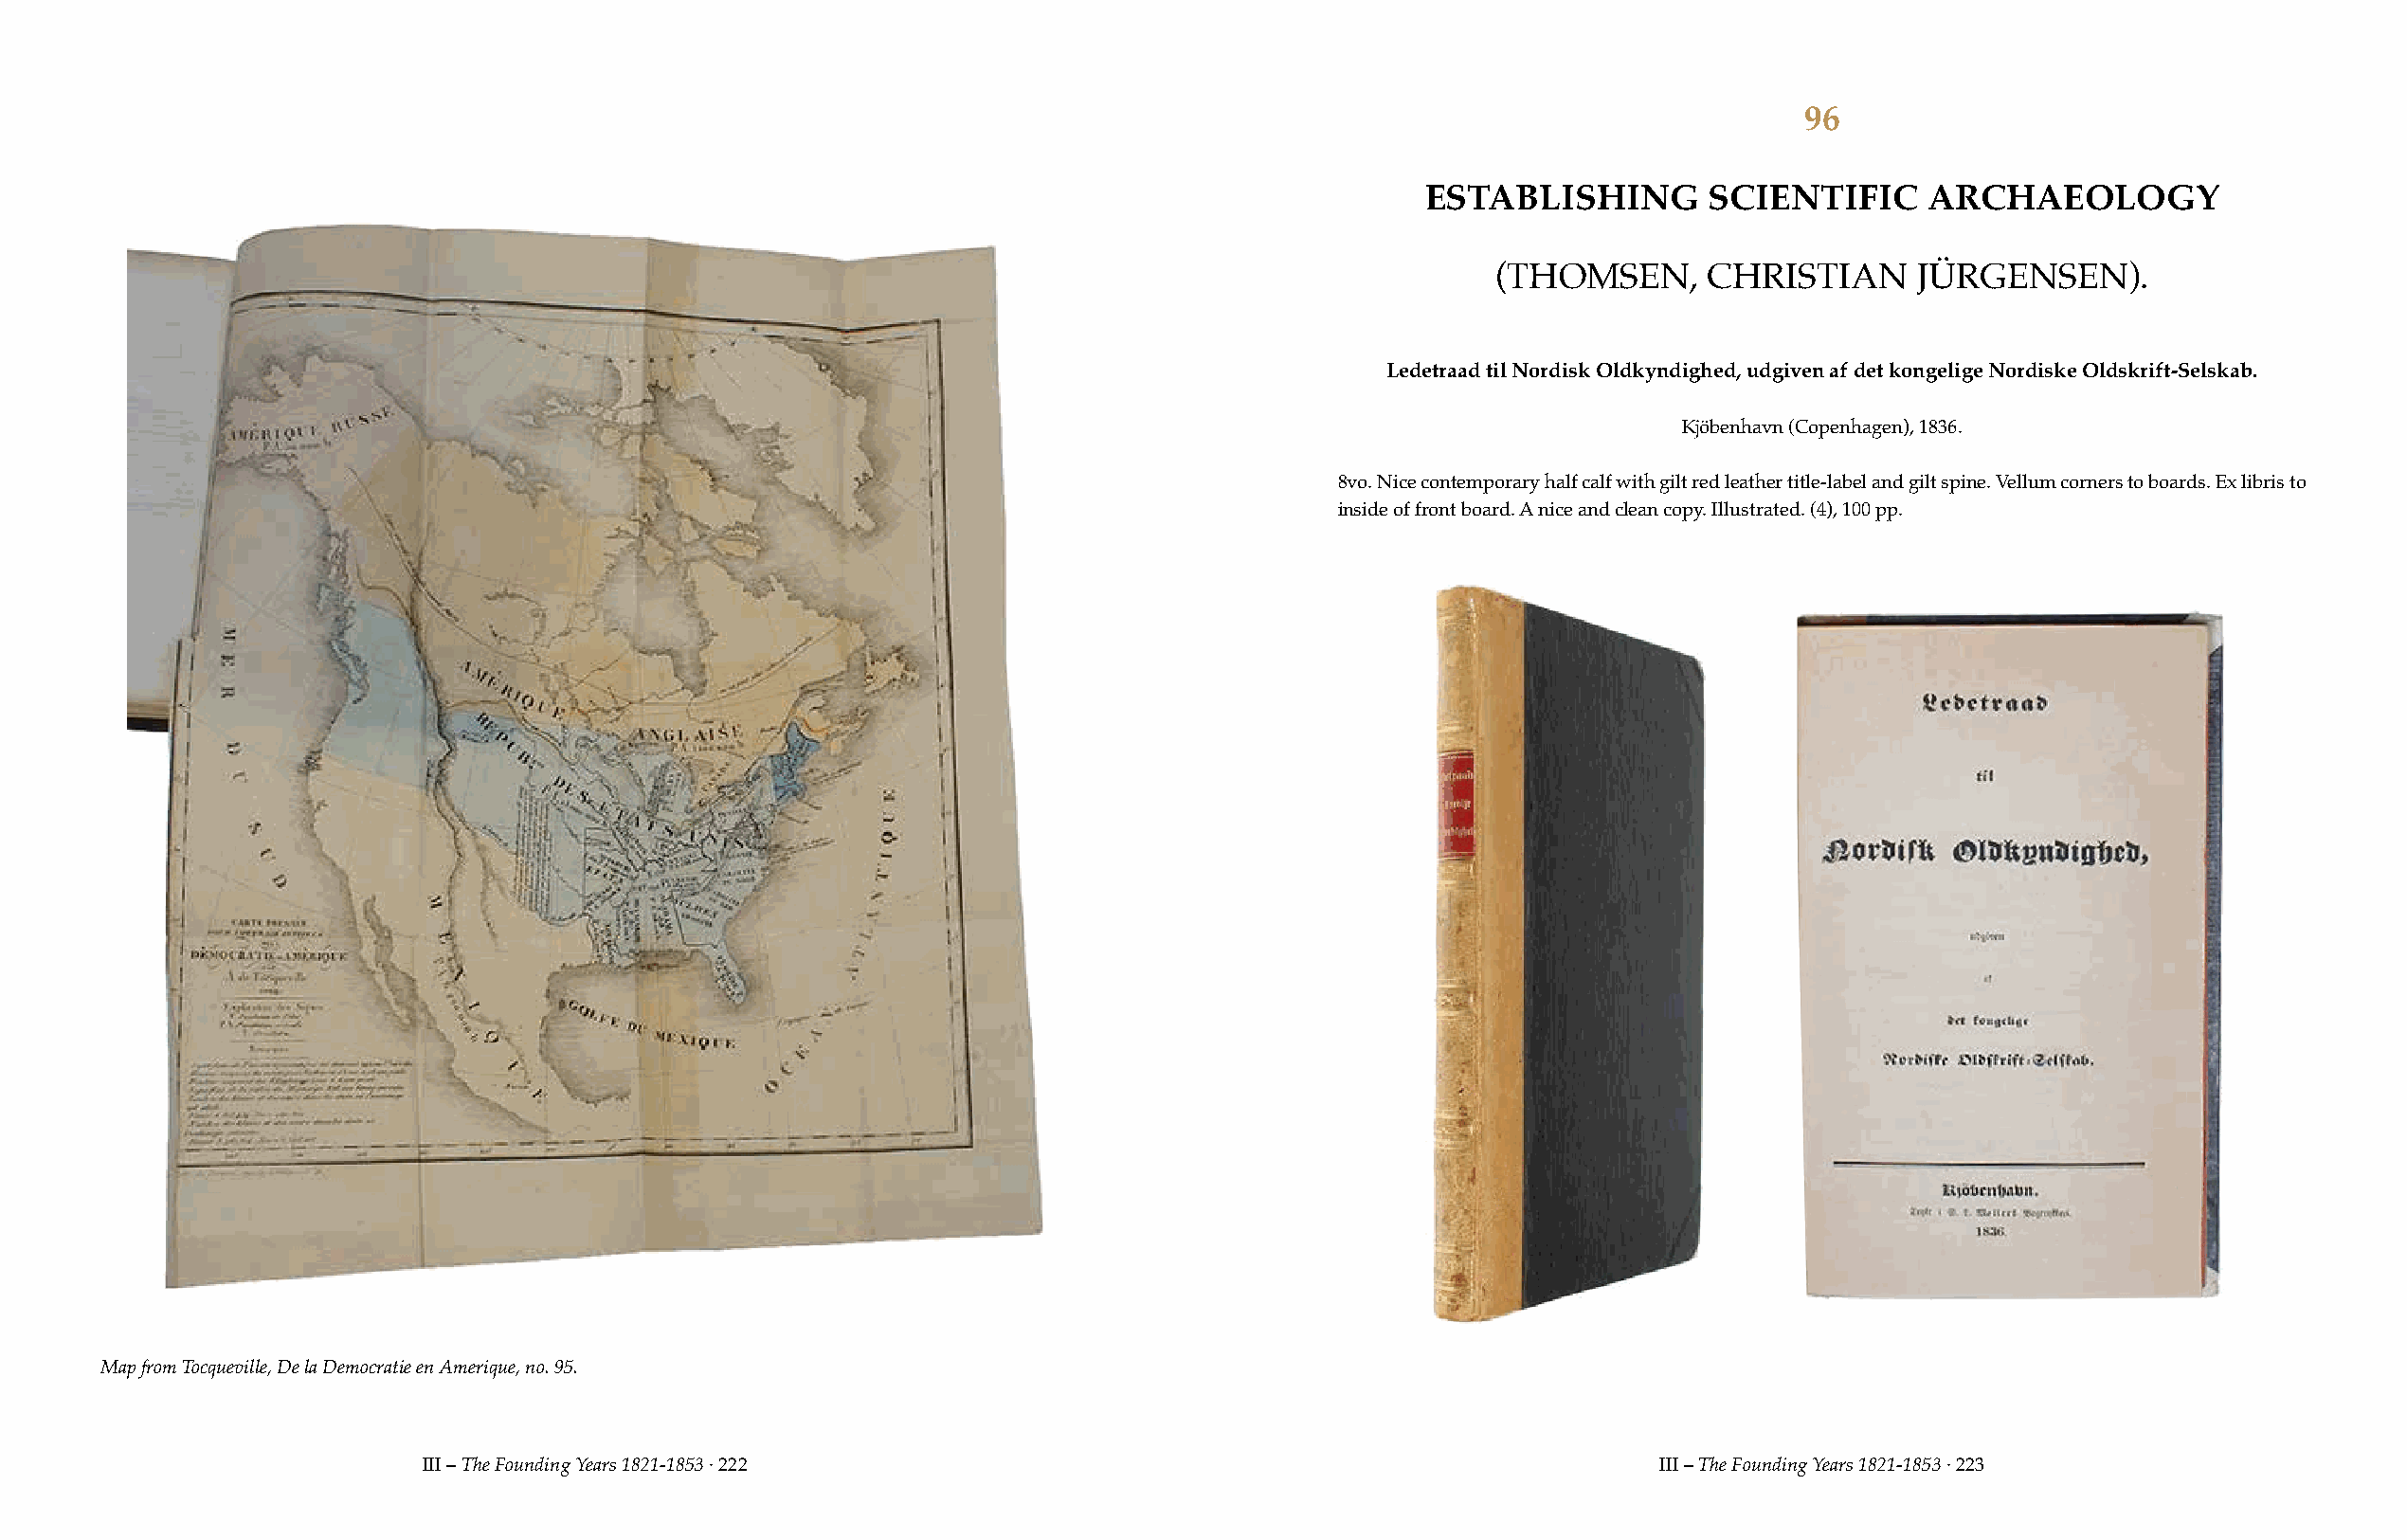
96
 ESTABLISHING       SCIENTIFIC      ARCHAEOLOGY
 (THOMSEN,      CHRISTIAN      JÜRGENSEN).
 Ledetraad til Nordisk Oldkyndighed, udgiven af det kongelige Nordiske Oldskrift-Selskab.
 Kjöbenhavn (Copenhagen), 1836.
 8vo. Nice contemporary half calf with gilt red leather title-label and gilt spine. Vellum corners to boards. Ex libris to
 inside of front board. A nice and clean copy. Illustrated. (4), 100 pp.
 Map from Tocqueville, De la Democratie en Amerique, no. 95.
 III – The Founding Years 1821-1853 · 222                                              III – The Founding Years 1821-1853 · 223